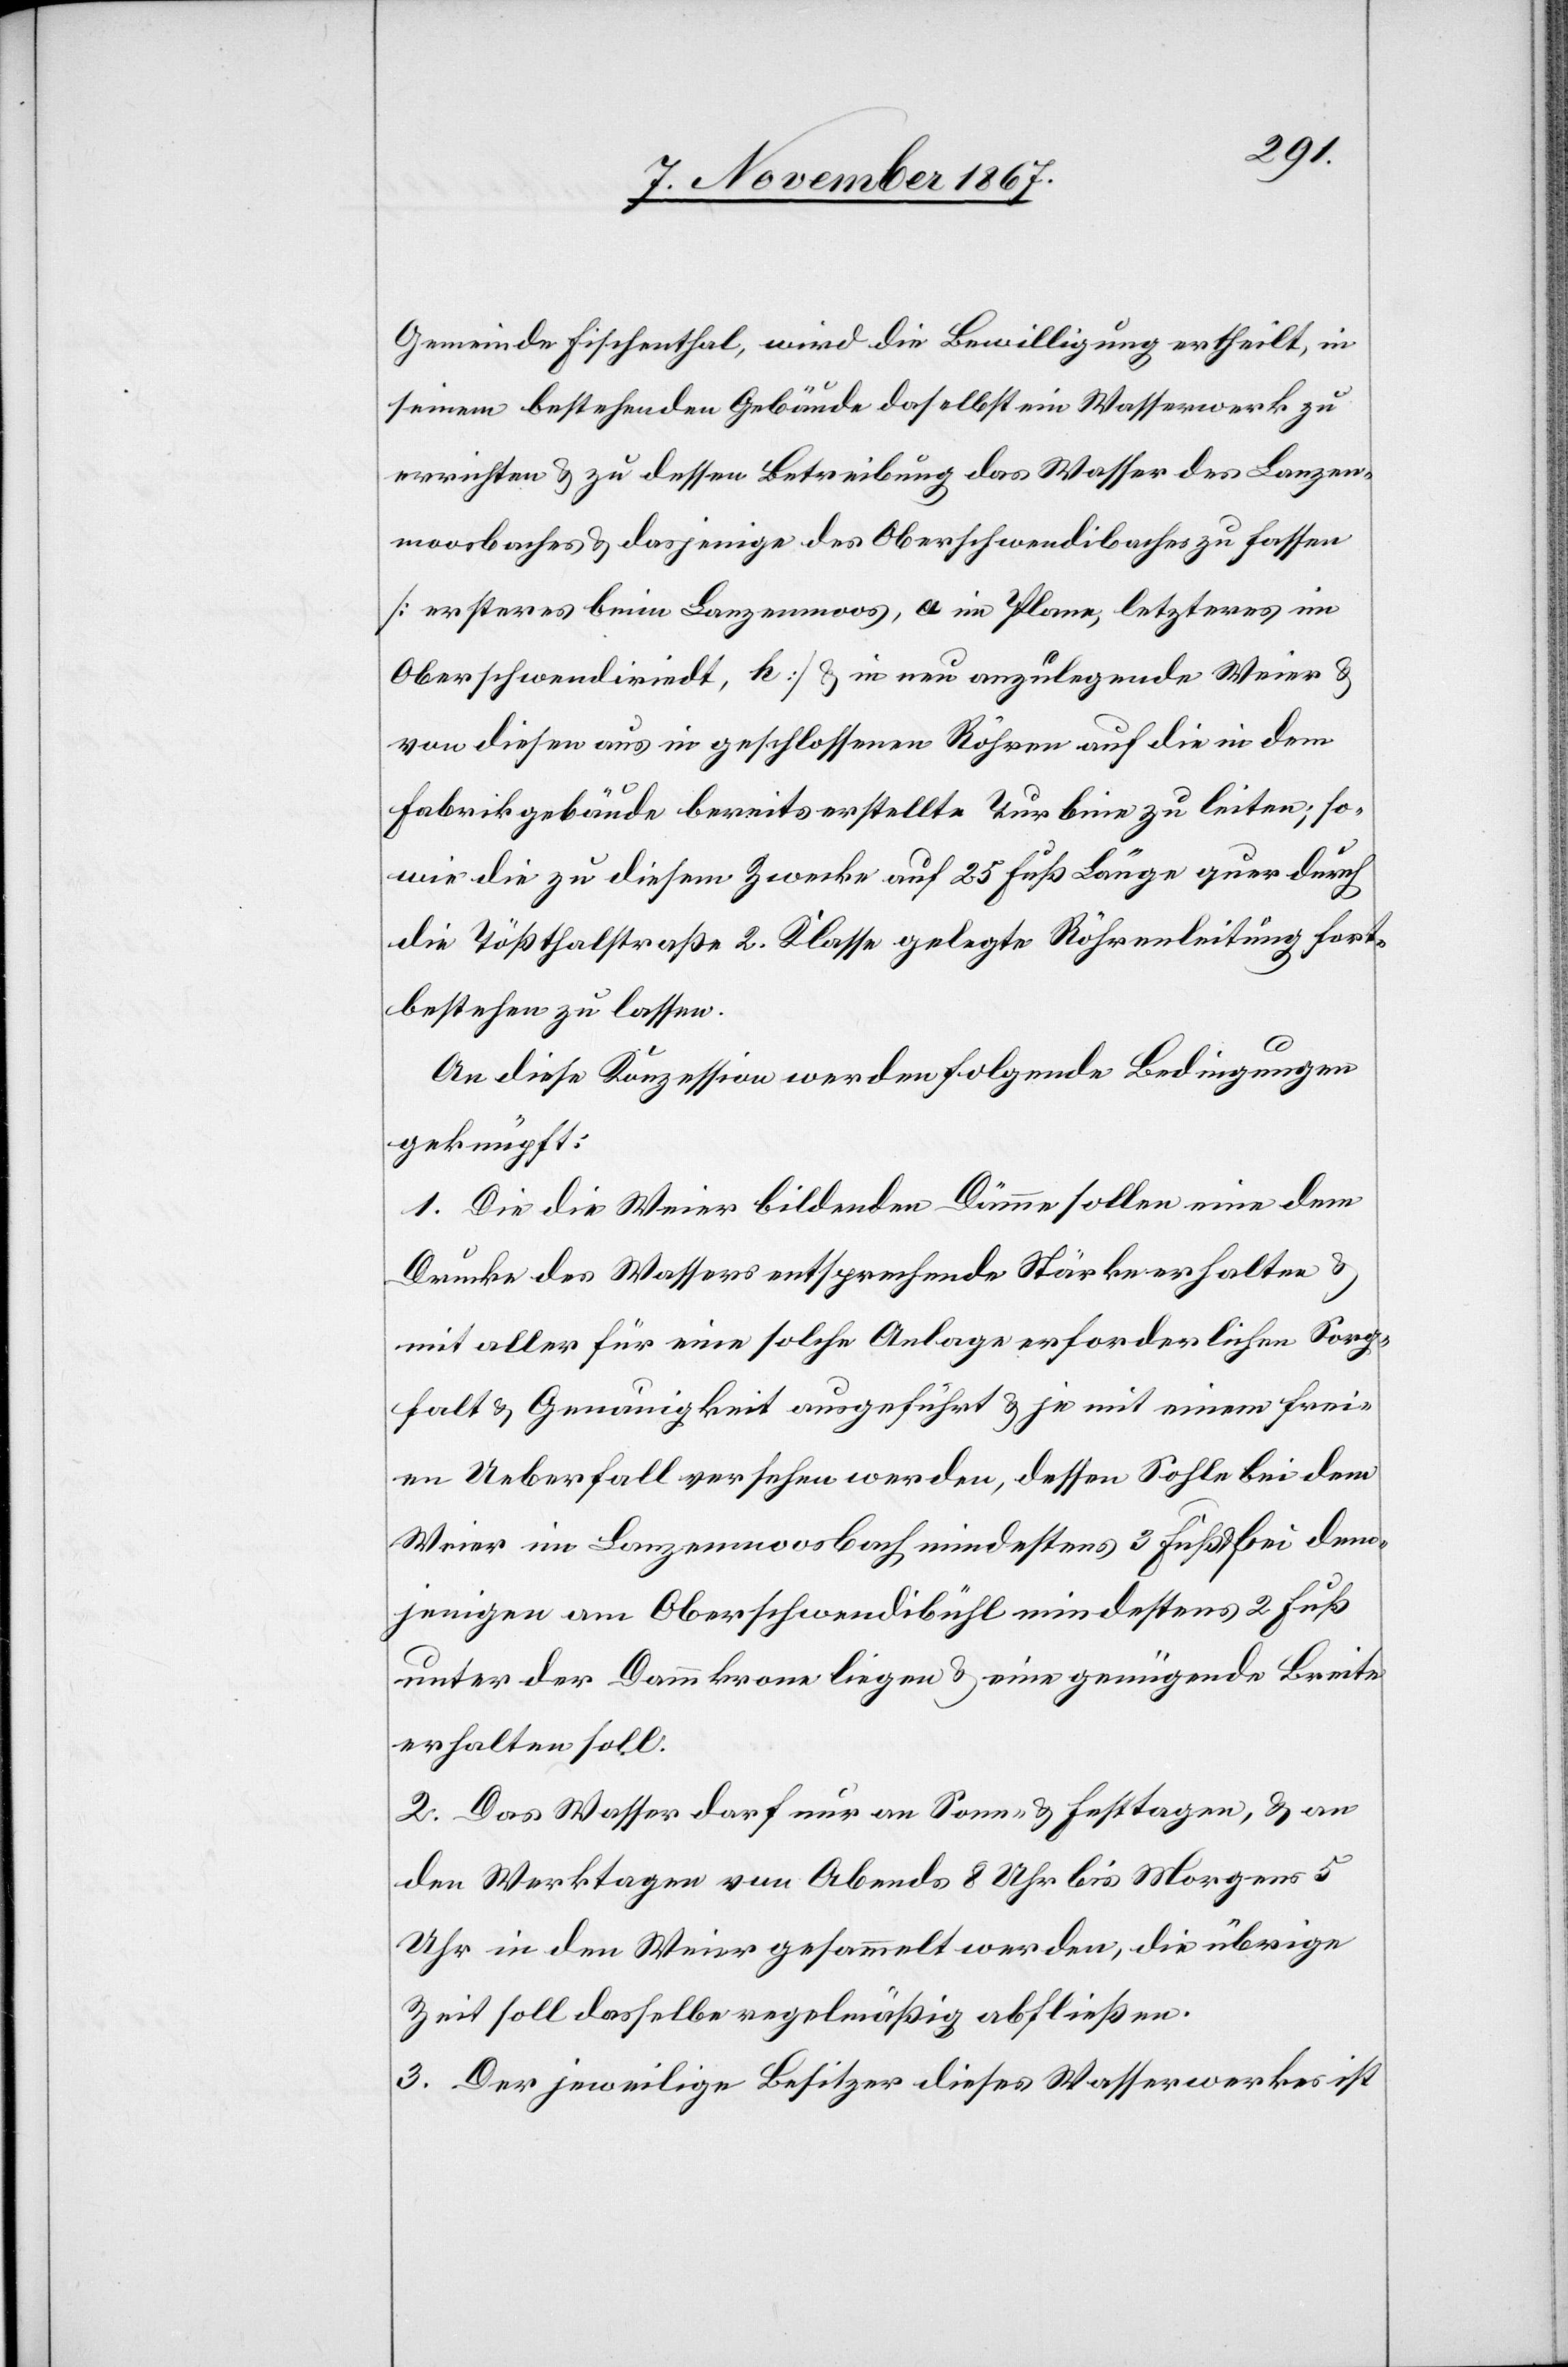
Gemeinde Fischenthal, wird die Bewilligung ertheilt, in
seinem bestehenden Gebäude daselbst ein Wasserwerk zu
errichten u. zu dessen Betreibung das Wasser des Lanzen¬
moosbaches u. dasjenige des Oberschwendibaches zu fassen
[ersteres beim Lanzenmoos, a im Plane, letzteres im
Oberschwendiriedt, k] u. in neu anzulegende Weier u.
von diesen aus in geschlossenen Röhren auf die in dem
Fabrikgebäude bereits erstellte Turbine zu leiten; so¬
wie die zu diesem Zwecke auf 25 Fuß Länge quer durch
die Tößthalstraße 2. Klasse gelegte Röhrenleitung fort¬
bestehen zu lassen.
An diese Konzession werden folgende Bedingungen
geknüpft:
1. Die die Weier bildenden Dämme sollen eine dem
Drucke des Wassers entsprechende Stärke erhalten u.
mit aller für eine solche Anlage erforderlichen Sorg¬
falt u. Genauigkeit ausgeführt u. je mit einem frei¬
en Ueberfall versehen werden, dessen Sohle bei dem
Weier im Lanzenmoosbach mindestens 3 Fuß, bei dem¬
jenigen am Oberschwendibühl mindestens 2 Fuß
unter der Dammkrone liegen u. eine genügende Breite
erhalten soll.
2. Das Wasser darf nur an Sonn- u. Feiertagen, u. an
den Werktagen von Abends 8 Uhr bis Morgens 5
Uhr in den Weier gesammelt werden, die übrige
Zeit soll dasselbe regelmäßig abfließen.
3. Der jeweilige Besitzer dieses Wasserwerks ist